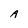
Character: A